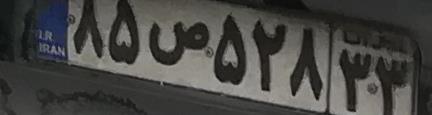
۸۵ص۵۲۸۳۳